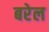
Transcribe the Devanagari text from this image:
बरेल